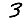
Digit: 3